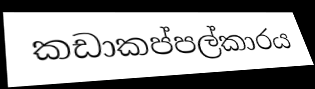
කඩාකප්පල්කාරය